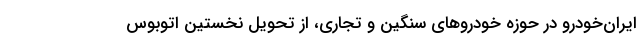
ایران‌خودرو در حوزه خودروهای سنگین و تجاری، از تحویل نخستین اتوبوس